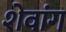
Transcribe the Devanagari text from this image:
शेवांग